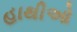
હાથીઓ